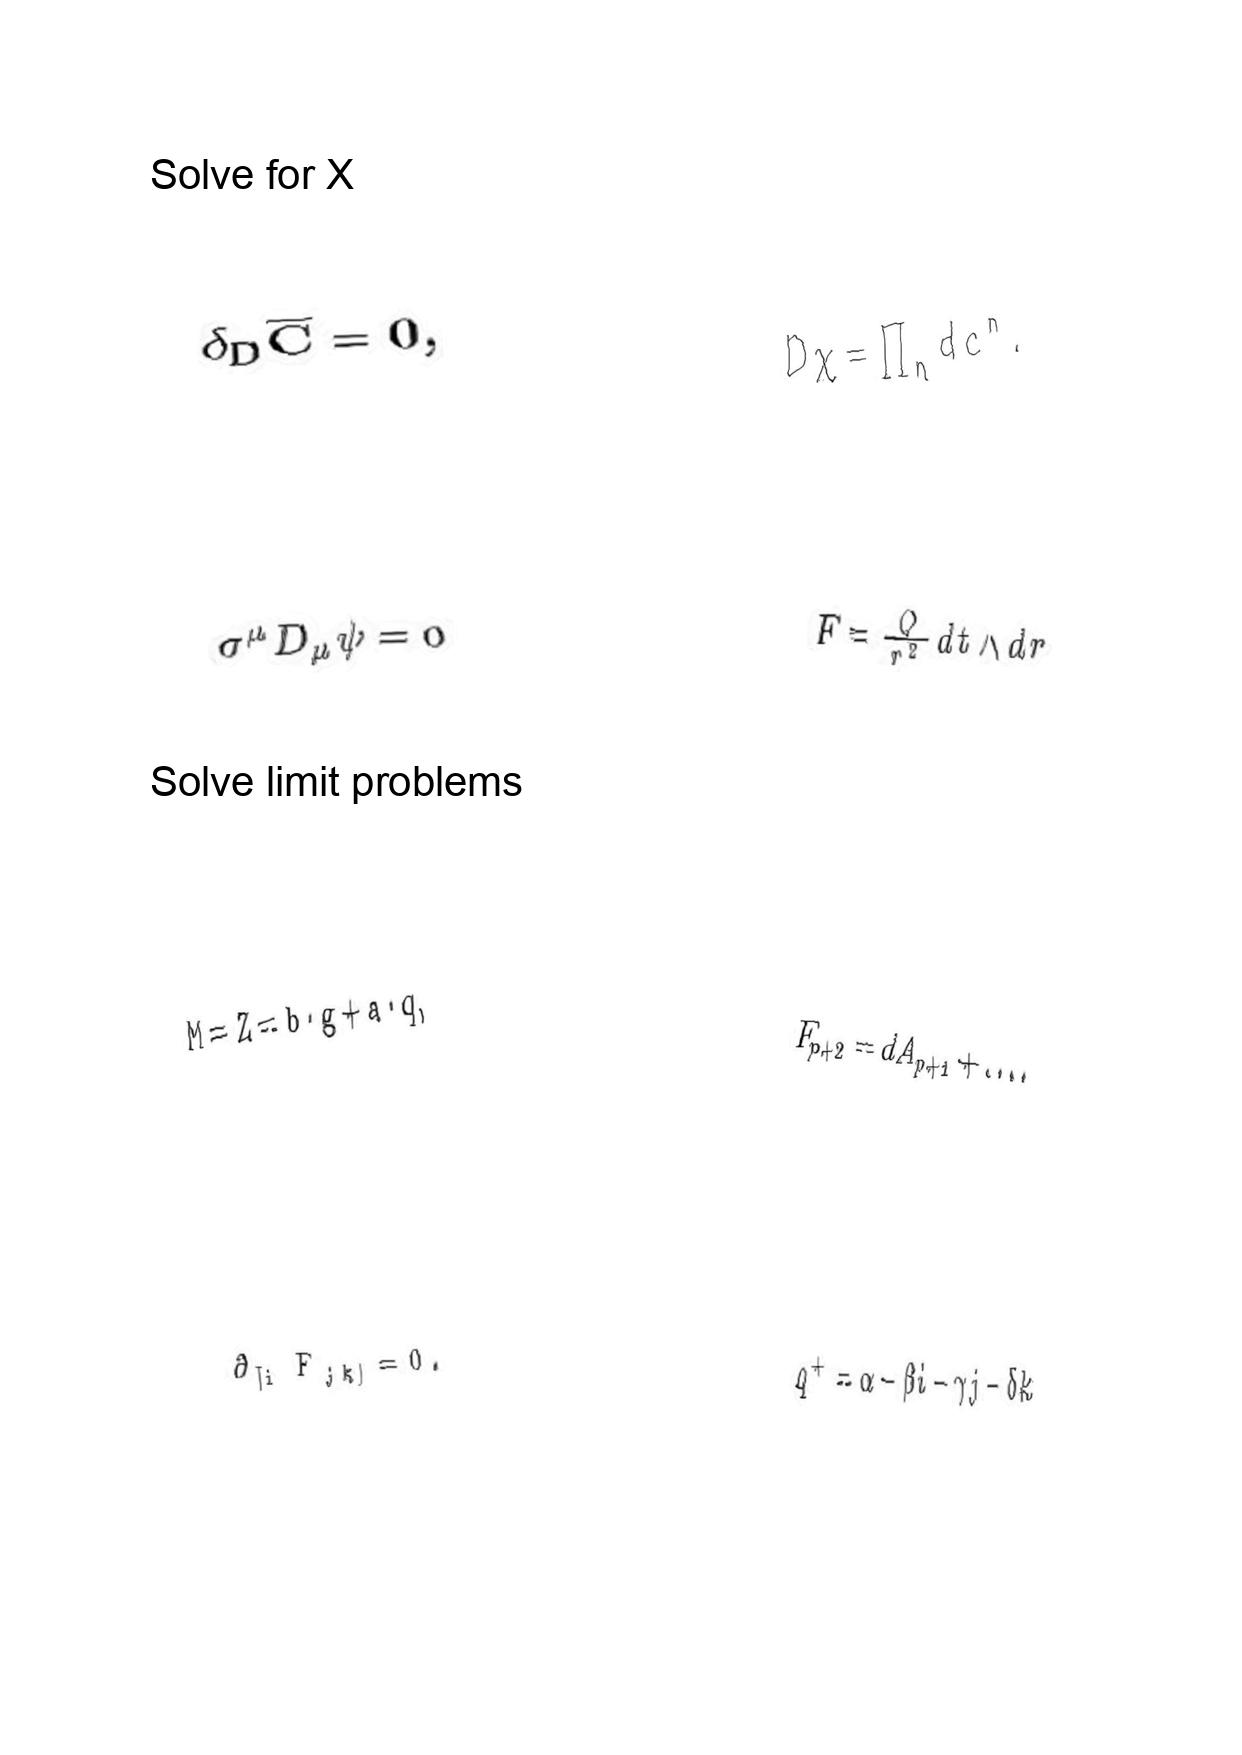
LaTeX transcription:
\delta _ { D } \overline { C } = 0 ,
\sigma ^ { \mu } D _ { \mu } \psi = 0
M = Z = b \cdot g + a \cdot q ,
\partial _ { \lbrack i } F _ { j k \rbrack } = 0 .
D \chi = \prod _ { n } d c ^ { n } .
F = \frac { Q } { r ^ { 2 } } d t \wedge d r
F _ { p + 2 } = d A _ { p + 1 } + \ldots .
q ^ { + } = \alpha - \beta i - \gamma j - \delta k